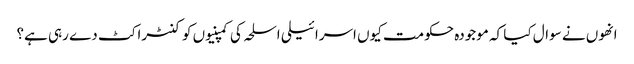
انھوں نے سوال کیا کہ موجودہ حکومت کیوں اسرائیلی اسلحہ کی کمپنیوں کو کنٹراکٹ دے رہی ہے؟